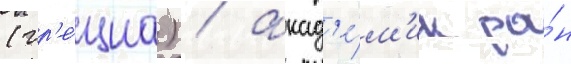
(гр'е́циа) / акад'е́м'ик ра́н